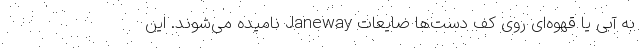
به آبی یا قهوه‌ای روی کف دست‌ها ضایعات Janeway نامیده می‌شوند. این